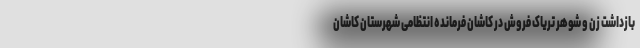
بازداشت زن و شوهر تریاک فروش در کاشان فرمانده انتظامی شهرستان کاشان